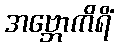
အဗ္ဘောကိရိံ